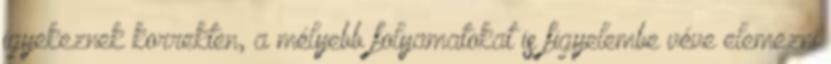
igyekeznek korrekten, a mélyebb folyamatokat is figyelembe véve elemezni